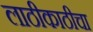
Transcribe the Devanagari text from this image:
लाठीकाठीचा